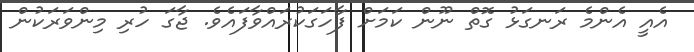
އެއީ އެންމެ ރަނގަޅު ގޮތް ނޫން ކަމަށް ފާހަގަކުރައްވާފައެވެ. ޖާގަ ހުރި މިންވަރަކުން